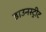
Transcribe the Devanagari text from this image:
डाउनस्ट्रीट